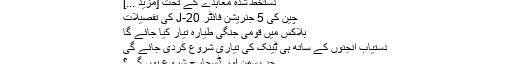
دستخط شدہ معاہدے کے تحت [مزید ...]
چین کی 5 جنریشن فائٹر J-20 کی تفصیلات
بلاکس میں قومی جنگی طیارہ تیار کیا جائے گا
دستیاب انجنوں کے ساتھ ہی ٹینک کی تیاری شروع کردی جائے گی
جب سمن اور ڈسچارج شروع ہوں گے؟